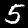
Label: 5